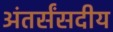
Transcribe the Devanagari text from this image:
अंतर्संसदीय